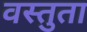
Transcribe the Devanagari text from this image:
वस्तुता